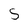
Character: 5